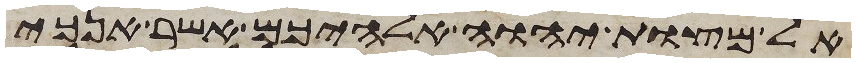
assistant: אל מצות יהוה אלהיכם אשר אנכי